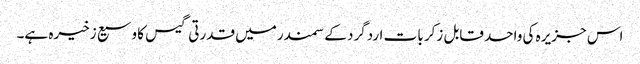
اس جزیرہ کی واحد قابل زکر بات اردگرد کے سمندرمیں قدرتی گیس کا وسیع زخیرہ ہے۔